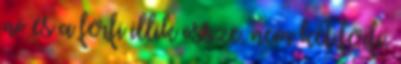
nő és a férfi illik össze, nem két férfi,